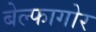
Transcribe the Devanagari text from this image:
बेल्फागोर